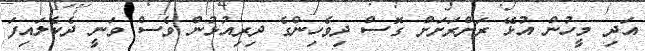
އަދި މީހުން އުޅޭ ރަށްރަށަށް ގޮސް ދިވެހިންގެ ދިރިއުޅުން ވެސް ވަނީ ދެކެލައިފަ